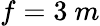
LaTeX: f=3~m